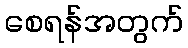
စေရန်အတွက်